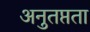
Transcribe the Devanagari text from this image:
अनुतप्तता